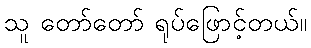
သူ တော်တော် ရုပ်ဖြောင့်တယ်။